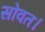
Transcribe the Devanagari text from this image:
सोवत।